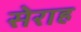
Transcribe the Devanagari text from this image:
सेराह